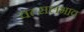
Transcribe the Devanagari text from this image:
वत्सलभाव